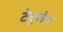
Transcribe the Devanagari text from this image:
टेबूलेन